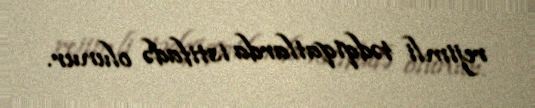
rejimli tədqiqatlarda istifadə olunur.